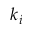
k _ { i }